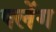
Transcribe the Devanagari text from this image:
फ्लेंग